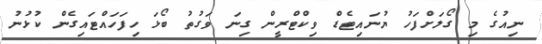
ނިއުގެ މި ގޯލަށްފަހު ޔުނައިޓެޑް ވިކްޓްރީން ގިނަ ވަގުތު ބޯޅަ ހިފަހައްޓައިގެން ކުޅުނު